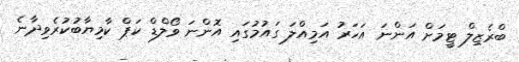
ބްރެޒިލް ޓީމަށް އަންނަ އަހަރު އަމިއްލަ ގައުމުގައި އޮންނަ ވޯލްޑް ކަޕް ކާމިޔާބުކުރެވިދާނެ